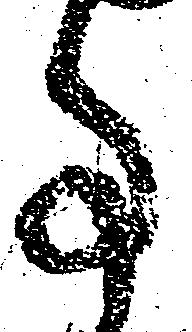
事